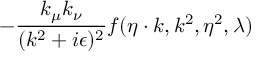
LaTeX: - { \frac { k _ { \mu } k _ { \nu } } { ( k ^ { 2 } + i \epsilon ) ^ { 2 } } } f ( \eta \cdot k , k ^ { 2 } , \eta ^ { 2 } , \lambda )